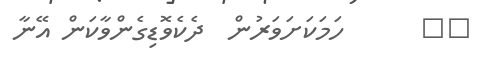
١٤      ހަމަކަށަވަރުން  ދެކެވޮޑިގެންވާކަން އޭނާ